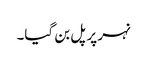
نہر پر پل بن گیا۔